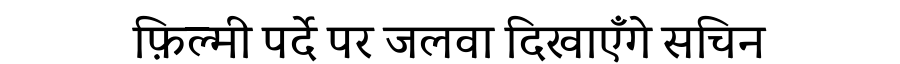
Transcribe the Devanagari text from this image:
फ़िल्मी पर्दे पर जलवा दिखाएँगे सचिन